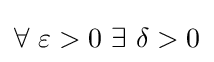
\displaystyle \forall \ \varepsilon >0\ \exists \ \delta >0